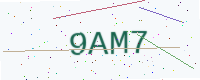
Text: 9AM7